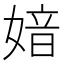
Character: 㛺